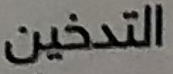
التدخين